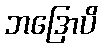
ဘဒြောပိ